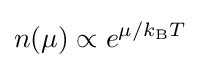
n(\mu )\propto e^{\mu /k_{\rm {B}}T}